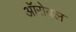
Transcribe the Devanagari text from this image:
ऑरोवल